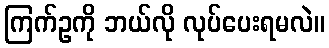
ကြက်ဥကို ဘယ်လို လုပ်ပေးရမလဲ။